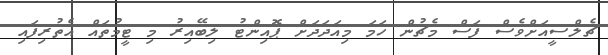
ޗެލްސީއަށްވެސް ފަސް މެޗުން ހަމަ މިއަދަދަށް ޕޮއިންޓު ލިބޭއިރު މި ޓީމުތައް އެތުރިފައި